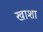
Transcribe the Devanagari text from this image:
खाशा